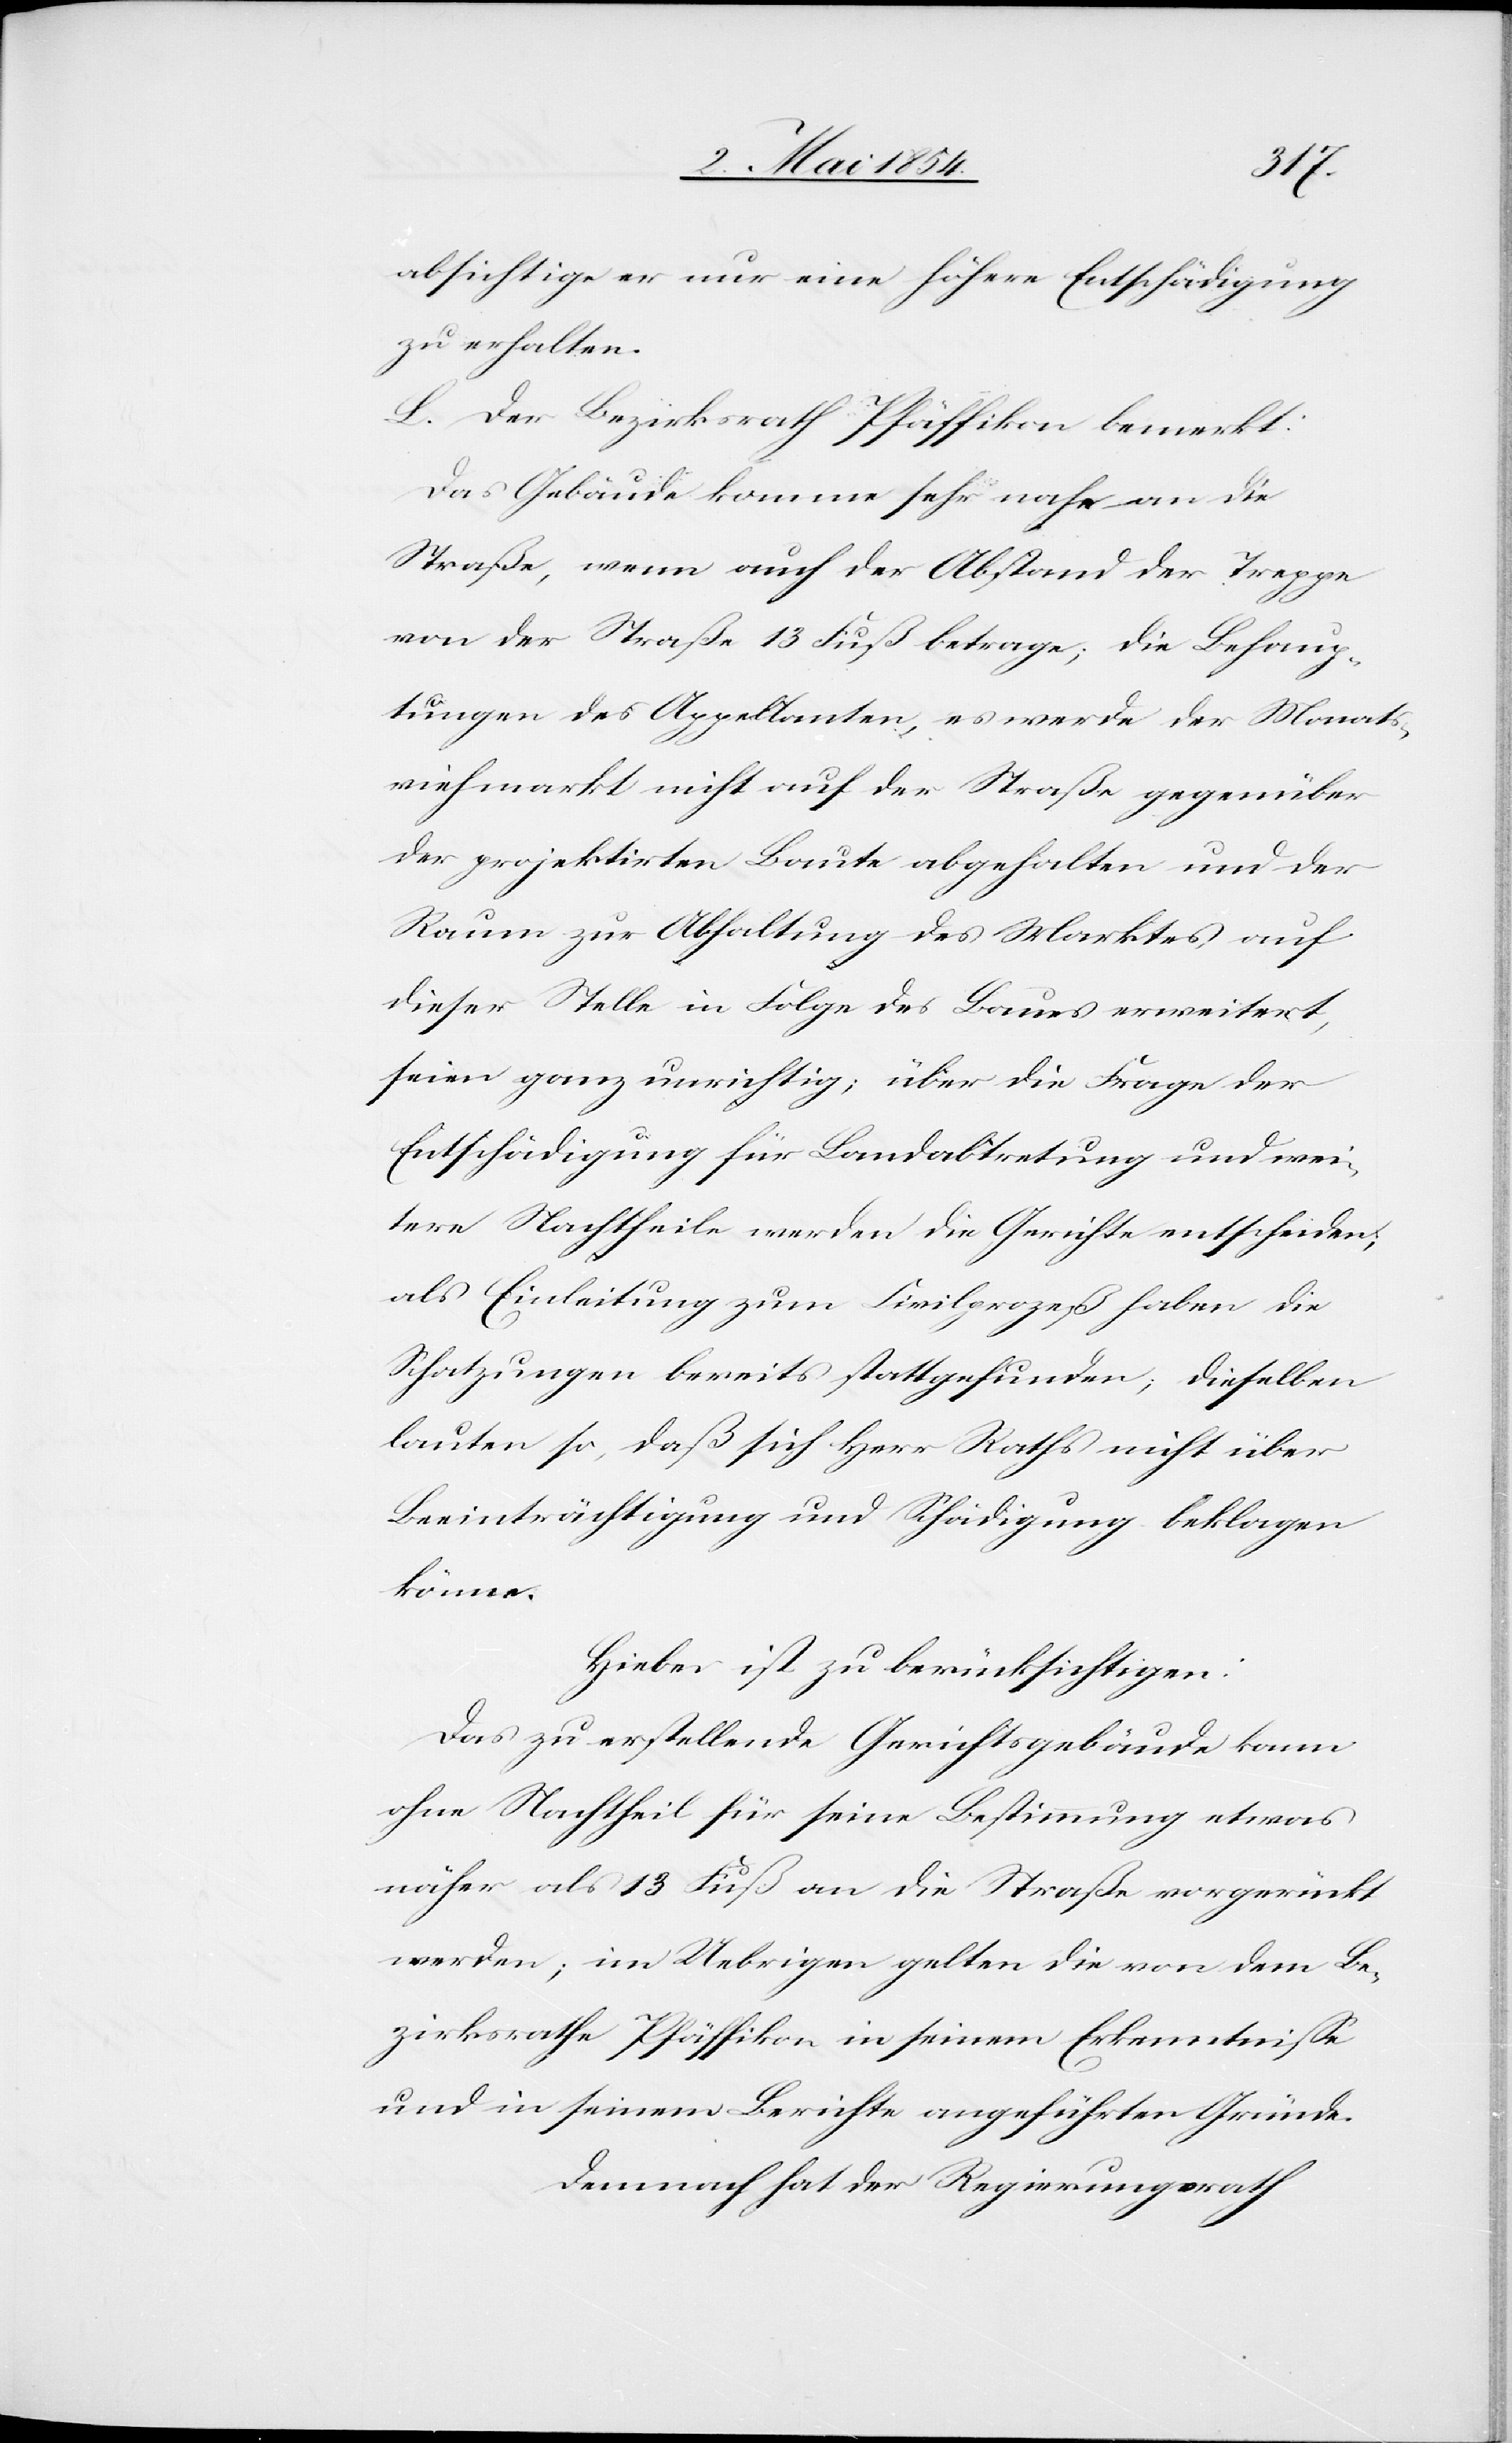
absichtige er nur eine höhere Entschädigung
zu erhalten.
L. Der Bezirksrath Pfäffikon bemerkt:
Das Gebäude komme sehr nahe an die
Straße, wenn auch der Abstand der Treppe
von der Straße 13 Fuß betrage; die Behaup¬
tungen des Appellanten, es werde der Monats¬
viehmarkt nicht auf der Straße gegenüber
der projektirten Baute abgehalten und der
Raum zur Abhaltung des Marktes, auf
dieser Stelle in Folge des Baues erweitert,
seien ganz unrichtig; über die Frage der
Entschädigung für Landabtretung und wei¬
tere Nachtheile werden die Gerichte entscheiden;
als Einleitung zum Civilprozeß haben die
Schatzungen bereits stattgefunden; dieselben
lauten so, daß sich Herr Raths nicht über
Beeinträchtigung und Schädigung beklagen
könne.
Hiebei ist zu berücksichtigen:
Das zu erstellende Gerichtsgebäude kann
ohne Nachtheil für seine Bestimmung etwas
näher als 13 Fuß an die Straße vorgerückt
werden; im Uebrigen gelten die von dem Be¬
zirksrath Pfäffikon in seinem Erkenntniße
und in seinem Berichte angeführten Gründe.
Demnach hat der Regierungsrath